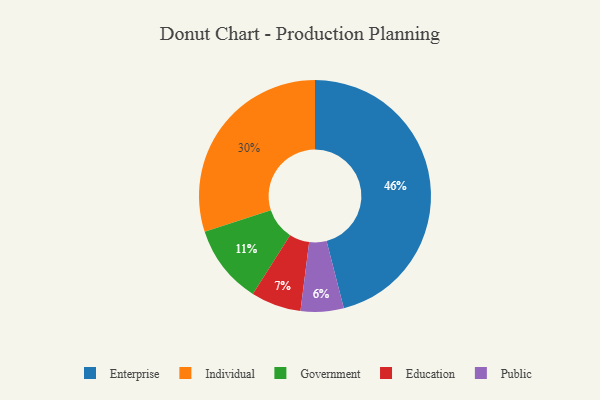
{"axis": {"x": "Category", "y": "Percentage"}, "legend": ["Education", "Enterprise", "Government", "Individual", "Public"], "data": [{"x": "Government", "y": 11, "type": "Government"}, {"x": "Education", "y": 7, "type": "Education"}, {"x": "Public", "y": 6, "type": "Public"}, {"x": "Individual", "y": 30, "type": "Individual"}, {"x": "Enterprise", "y": 46, "type": "Enterprise"}]}